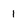
Character: 1